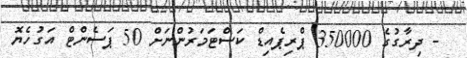
- ދިރާގުގެ 350000 ޕްރިޕެއިޑް ކަސްޓަމަރުންނަށް 50 ޕަސެންޓް އަގުހެޔޮ